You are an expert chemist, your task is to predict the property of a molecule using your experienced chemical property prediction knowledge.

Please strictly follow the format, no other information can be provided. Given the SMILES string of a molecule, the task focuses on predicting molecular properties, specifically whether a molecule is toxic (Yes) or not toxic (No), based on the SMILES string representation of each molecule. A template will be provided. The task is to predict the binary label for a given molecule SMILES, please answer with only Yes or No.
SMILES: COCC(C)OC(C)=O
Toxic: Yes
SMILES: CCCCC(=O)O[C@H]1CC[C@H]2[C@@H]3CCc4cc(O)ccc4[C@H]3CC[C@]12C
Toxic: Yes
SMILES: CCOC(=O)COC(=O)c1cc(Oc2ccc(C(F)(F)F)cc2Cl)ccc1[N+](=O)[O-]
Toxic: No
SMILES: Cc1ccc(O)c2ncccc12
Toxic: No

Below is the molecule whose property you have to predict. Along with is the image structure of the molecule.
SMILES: CC1CC(OC(=O)C(O)c2ccccc2)CC(C)(C)N1C
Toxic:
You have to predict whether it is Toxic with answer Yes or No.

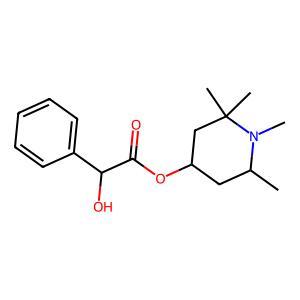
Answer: No